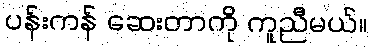
ပန်းကန် ဆေးတာကို ကူညီမယ်။